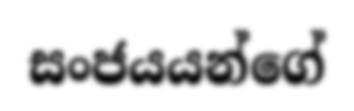
සංජයයන්ගේ